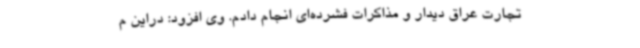
تجارت عراق دیدار و مذاکرات فشرده‌ای انجام دادم. وی افزود: دراین م